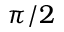
\pi / 2